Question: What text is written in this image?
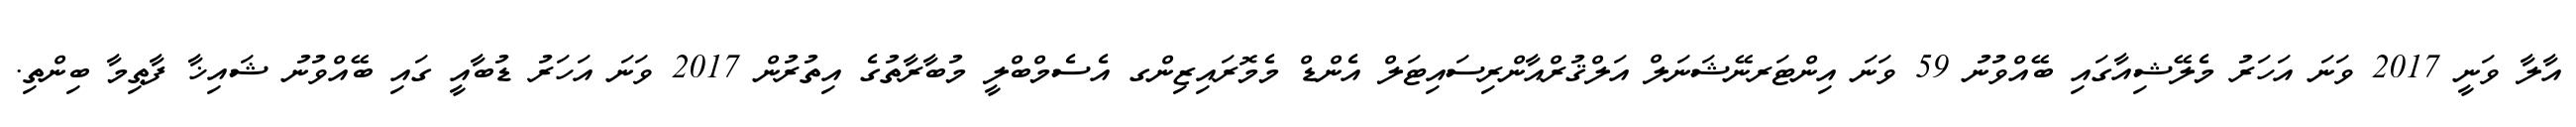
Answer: އާލާ ވަނީ 2017 ވަނަ އަހަރު މެލޭޝިއާގައި ބޭއްވުނު 59 ވަނަ އިންޓަރނޭޝަނަލް އަލްޤުރްއާންރިސައިޓަލް އެންޑް މެމޮރައިޒިންގ އެސެމްބްލީ މުބާރާތުގެ އިތުރުން 2017 ވަނަ އަހަރު ޑުބާއީ ގައި ބޭއްވުނު ޝައިޚާ ފާޠިމާ ބިންތި.